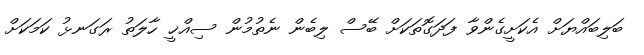
ބަލިބައްޔަށް އެކަށީގެންވާ ފަދަގޮތަކަށް ބޭސް ލިބެން ނެތުމުން ސިއްޚީ ހާލަތު ރަގަނޅު ކަމަކަށް